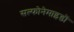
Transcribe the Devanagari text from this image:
सल्फोनेमाइडों